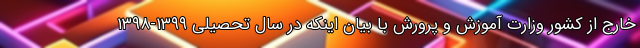
خارج از کشور وزارت آموزش و پرورش با بیان اینکه در سال تحصیلی ۱۳۹۹-۱۳۹۸